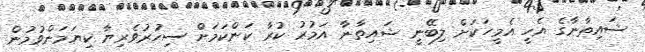
ޝައިތާނާގެ އެހީ އެމީހަކަށް ލިބޭނީ ޝައިތާނާ އަމުރު ކުރާ ކަންކަމަށް ސިހުރުވެރިޔާ ކިޔަމަންވުމުން